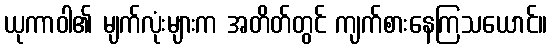
ယုကာဝါ၏ မျက်လုံးများက အတိတ်တွင် ကျက်စားနေကြသယောင်။